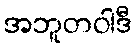
အဘူတဝါဒီ